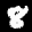
Digit: 8